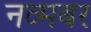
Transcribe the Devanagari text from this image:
नव्मबर